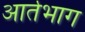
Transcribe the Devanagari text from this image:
आर्तभाग